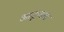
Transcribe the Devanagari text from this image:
आक्रूमण